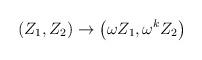
LaTeX: \begin{align*}\left(Z_1,Z_2\right) \rightarrow \left(\omega Z_1,\omega^k Z_2\right)\end{align*}